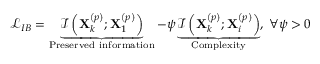
\begin{array} { r } { \mathcal { L } _ { I B } = \underbrace { \mathcal { I } \left( \mathbf { X } _ { k } ^ { \left( p \right) } ; \mathbf { X } _ { 1 } ^ { \left( p \right) } \right) } _ { \mathrm { P r e s e r v e d ~ i n f o r m a t i o n } } - \psi \underbrace { \mathcal { I } \left( \mathbf { X } _ { k } ^ { \left( p \right) } ; \mathbf { X } _ { i } ^ { \left( p \right) } \right) } _ { \mathrm { C o m p l e x i t y } } , \; \forall \psi > 0 } \end{array}